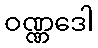
ဝဏ္ဏဒေါ